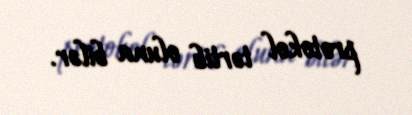
protokol tərtib oluna bilər.